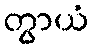
တွာယံ